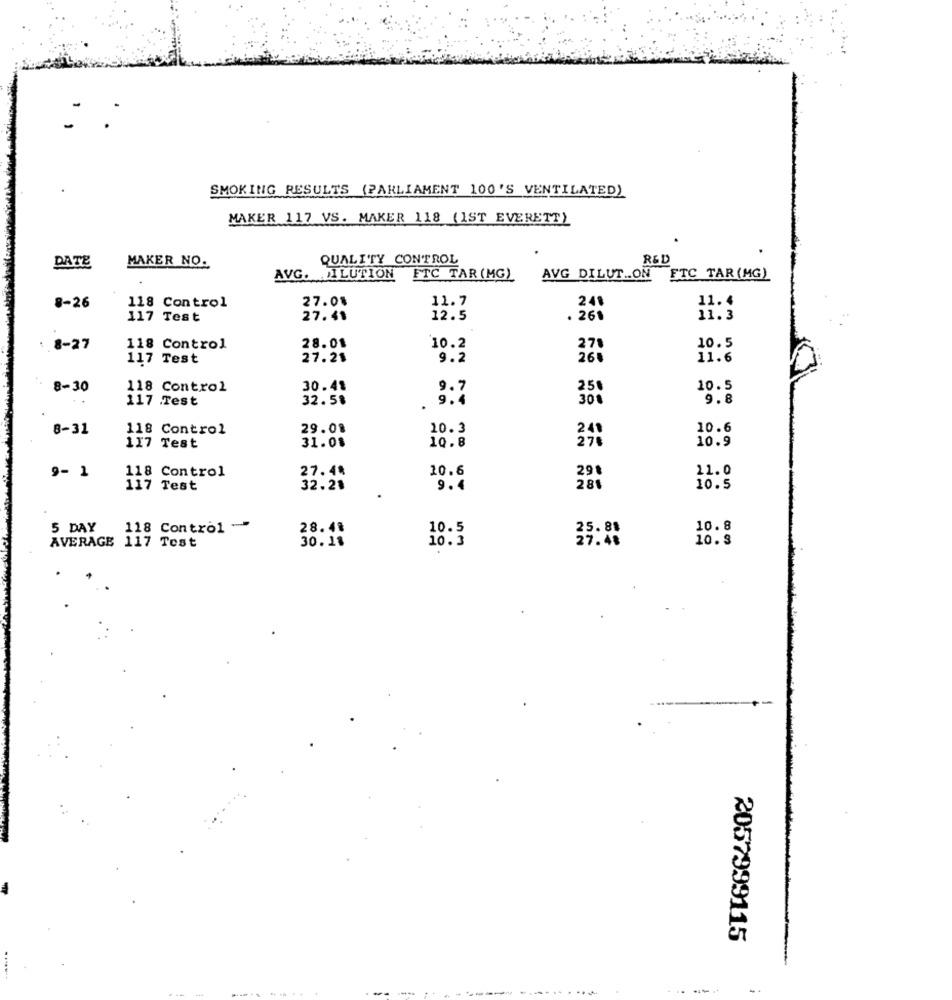
SMOKING RESULTS (PARLIAMENT 100'S VENTILATED)
MAKER 117 VS. MAKER 118 (1ST EVERETT)
MAKER NO.
QUALITY CONTROL
R&D
DATE
AVG. ILUTION
FTC TAR (MG)
AVG DILUT .. ON FTC TAR (MG)
11.7
241
8-26
118 Control
27.01
117 Test
27.41
12.5
. 261
11:3
10.5
.8-27
118 Control
28.01
10.2
270
117 Test
27.21
9.2
11.6
8-30
118 Control
30.41
250
10.5
117 Test
32.58
9.4
300
9.8
8-31
118 Control
29.08
10.3
10.6
31.08
10.9
117 Test
10.8
9- 1
27.4ª
10.6
291
21.0
118 Control
117 Test
32.20
9.4
281
10.5
5 DAY
118 Control --
28.4ª
10.5
25.88
10.8
AVERAGE 117 Test
30.11
10.3
27.48
10.3
2057999115